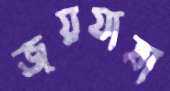
জয়যাত্রা